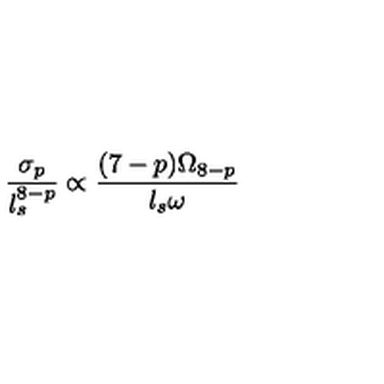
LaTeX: \frac { \sigma _ { p } } { l _ { s } ^ { 8 - p } } \propto \frac { ( 7 - p ) \Omega _ { 8 - p } } { l _ { s } \omega }